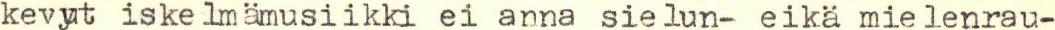
kevyt iskelmämusiikki ei anna sielun- eikä mielenrau-